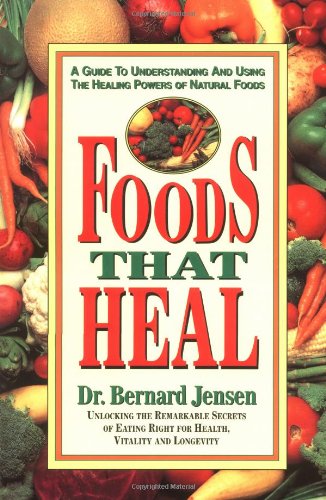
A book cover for Foods That Heal; Dr. Bernard Jensen; Cookbooks, Food & Wine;